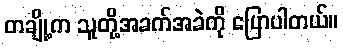
တချို့က သူတို့အခက်အခဲကို ပြောပါတယ်။